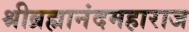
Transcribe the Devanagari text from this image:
श्रीब्रह्मानंदमहाराज